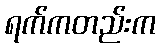
ရက်ကတည်းက